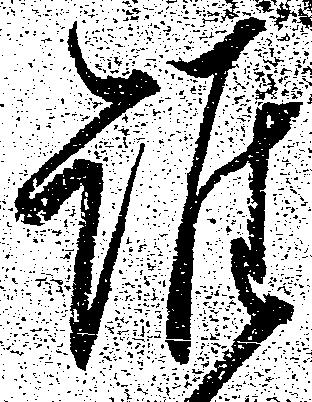
誰